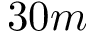
3 0 m